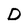
Character: D